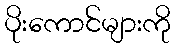
ပိုးကောင်များကို